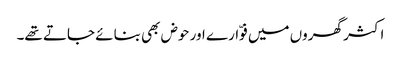
اکثر گھروں میں فوّارے اور حوض بھی بنائے جاتے تھے۔